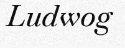
Ludwog